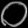
Digit: ၀